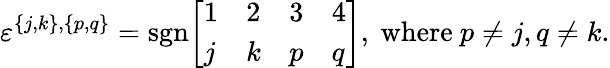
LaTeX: \varepsilon^{\{ j,k\} ,\{ p,q\} }={\mathrm{sgn}}{\left[\begin{array}{llll}{1}&{2}&{3}&{4}\\ {j}&{k}&{p}&{q}\end{array}\right]},{\mathrm{~where~}}p\neq j,q\neq k.